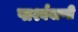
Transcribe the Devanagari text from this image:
पार्श्ववाणी